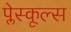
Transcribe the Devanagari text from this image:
प्लेस्कूल्स